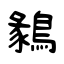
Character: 鶨